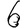
Digit: 6